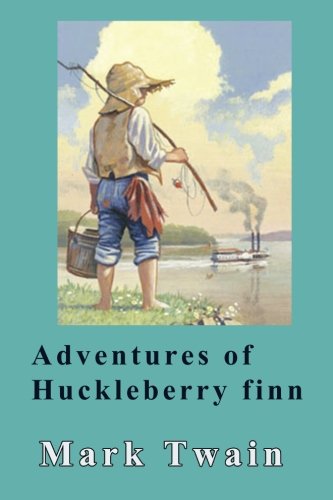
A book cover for Adventures of Huckleberry Finn; Mark Twain; Literature & Fiction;